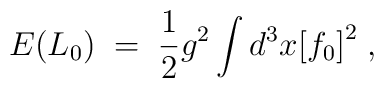
E(L_0) \;=\; \frac{1}{2} g^2  \int d^3 x {[f_0 ]}^2 \;,